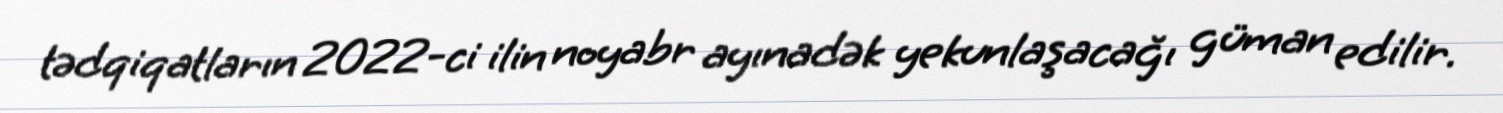
tədqiqatların 2022-ci ilin noyabr ayınadək yekunlaşacağı güman edilir.